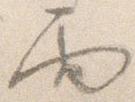
雨